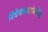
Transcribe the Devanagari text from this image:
विधेयाकासंबंधित